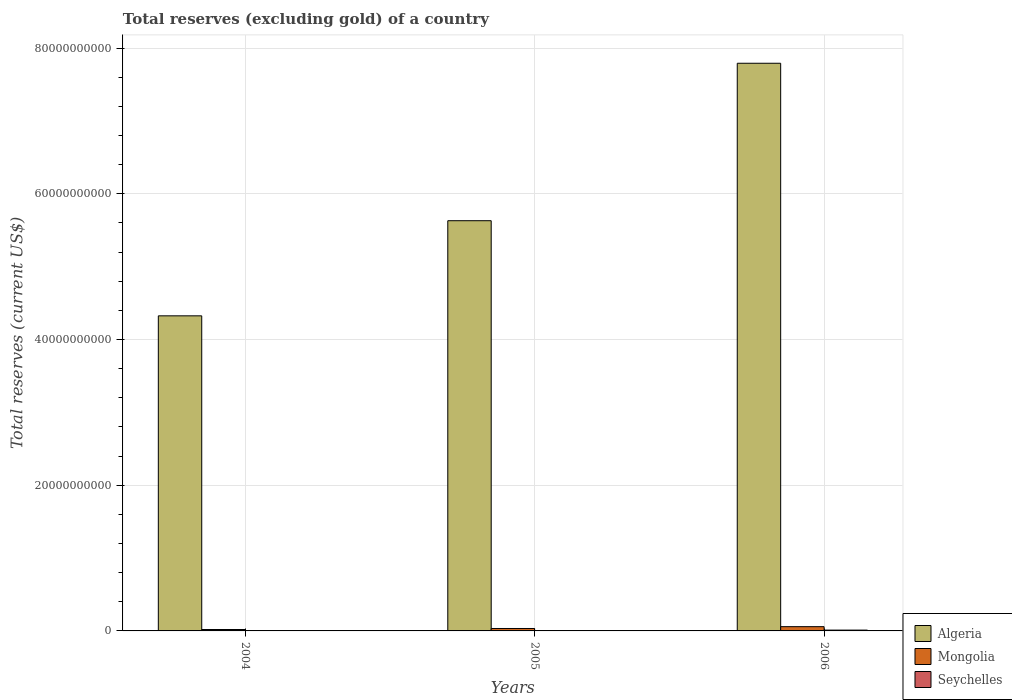
| Years | Algeria | Mongolia | Seychelles |
 | --- | --- | --- | --- |
 | 2004 | 4.32e+10 | 1.94e+08 | 3.46e+07 |
 | 2005 | 5.63e+10 | 3.33e+08 | 5.62e+07 |
 | 2006 | 7.79e+10 | 5.83e+08 | 1.13e+08 |